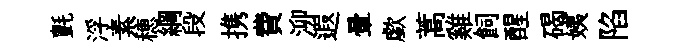
氈浮素穂綱段携費泖遐暈歔蒿雞飼醒碣姨陷